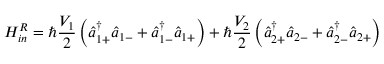
H _ { i n } ^ { R } = \hbar \frac { V _ { 1 } } { 2 } \left( \hat { a } _ { 1 + } ^ { \dagger } \hat { a } _ { 1 - } + \hat { a } _ { 1 - } ^ { \dagger } \hat { a } _ { 1 + } \right) + \hbar \frac { V _ { 2 } } { 2 } \left( \hat { a } _ { 2 + } ^ { \dagger } \hat { a } _ { 2 - } + \hat { a } _ { 2 - } ^ { \dagger } \hat { a } _ { 2 + } \right)